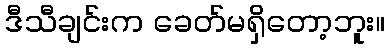
ဒီသီချင်းက ခေတ်မရှိတော့ဘူး။